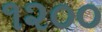
૧૨૦૦